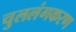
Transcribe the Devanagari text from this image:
चुललंगकरण